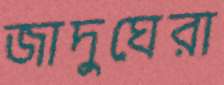
জাদুঘেরা